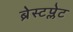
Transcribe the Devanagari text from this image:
ब्रेस्टप्लेट